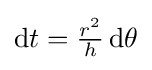
{\textstyle \mathrm {d} t={\frac {r^{2}}{h}}\,\mathrm {d} \theta }